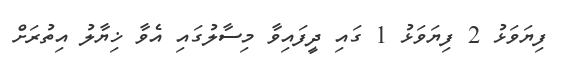
ފިޔަވަޅު 2 ފިޔަވަޅު 1 ގައި ދީފައިވާ މިސާލުގައި އެވާ ޚިޔާލު އިތުރަށް